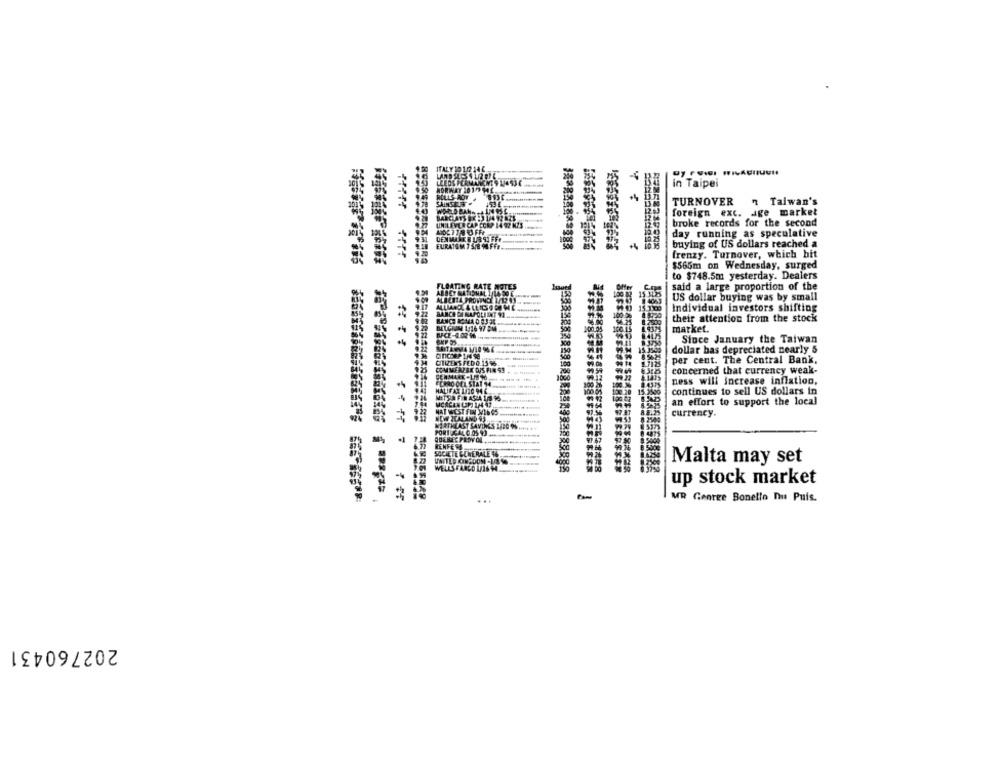
in Taipei
+4
TURNOVER
n Taiwan's
foreign exc. age market
broke records for the second
day running as speculative
+4
buying of US dollars reached a
frenzy. Turnover, which hit
$565m on Wednesday, surged
to $748.5m yesterday. Dealers
said a large proportion of the
US dollar buying was by small
Individual investors shifting
their attention from the stock
100
market.
Since January the Taiwan
dollar has depreciated nearly 5
per cent. The Central Bank.
concerned that currency weak-
ness will increase inflation,
15.3500
continues to sell US dollars in
$$$88
an effort to support the local
currency.
Malta may set
up stock market
...
MR George Bonello nu Puis.
202760431